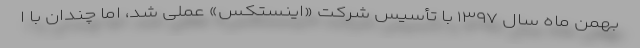
بهمن ماه سال ۱۳۹۷ با تأسیس شرکت «اینستکس» عملی شد، اما چندان با ا